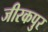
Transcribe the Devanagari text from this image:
जीरकपुर